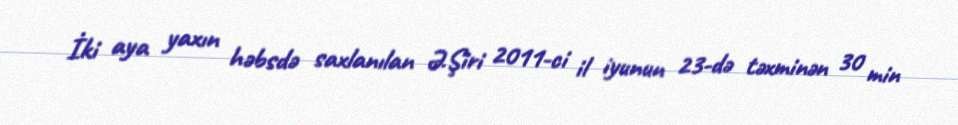
İki aya yaxın həbsdə saxlanılan Ə.Şiri 2011-ci il iyunun 23-də təxminən 30 min